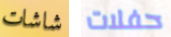
شاشات حفلات